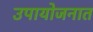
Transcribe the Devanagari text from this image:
उपायोजनात